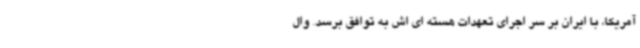
آمریکا، با ایران بر سر اجرای تعهدات هسته ای اش به توافق برسد. وال